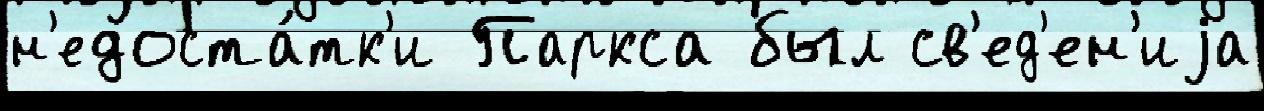
н'едоста́тк'и Паркса был св'ед'ен'иjа